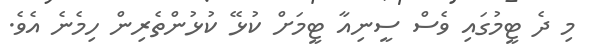
މި ދެ ޓީމުގައި ވެސް ސީނިއާ ޓީމަށް ކުޅޭ ކުޅުންތެރިން ހިމެނެ އެވެ.